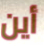
أين